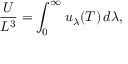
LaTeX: { \frac { U } { L ^ { 3 } } } = \int _ { 0 } ^ { \infty } u _ { \lambda } ( T ) \, d \lambda ,